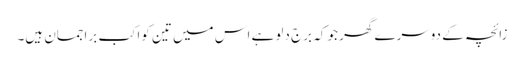
زائچہ کے دوسرے گھر جو کہ برجِ دلو ہے اس میں تین کواکب براجمان ہیں۔